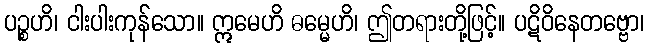
ပဉ္စဟိ၊ ငါးပါးကုန်သော။ ဣမေဟိ ဓမ္မေဟိ၊ ဤတရားတို့ဖြင့်။ ပဋိဝိနေတဗ္ဗော၊